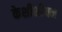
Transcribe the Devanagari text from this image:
केशीशीयन